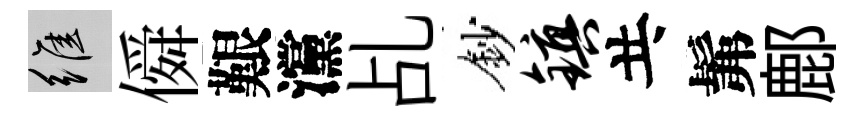
維僢艱灙乩鈔镇共髴鄜